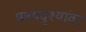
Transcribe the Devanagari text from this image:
प्रणयदृश्यांवर